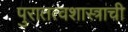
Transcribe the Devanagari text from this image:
पुरातत्वशास्त्राची